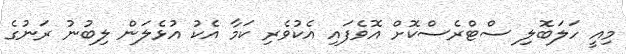
މިއީ ހަލަބޮލި ސްޓްރެސްކޮށް އޮވެފައި އެކުވެރި ކަމާ އެކު އުޅެލަން ލިބުނު ރަނުގެ